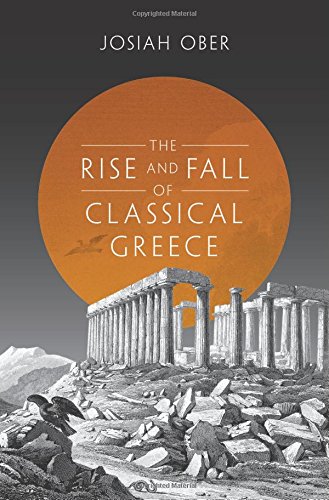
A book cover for The Rise and Fall of Classical Greece (The Princeton History of the Ancient World); Josiah Ober; Business & Money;